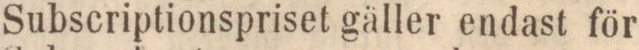
Subscriptionspriset gäller endast för